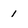
Character: 1